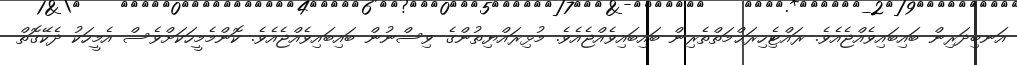
އަނބިދަރިން ބައިބައިވެއްޖެއެވެ. ރައްޓެިހިރަޙްމަތްތެރިން ބައިބައިވެއްޖެއެވެ. މުޅިރައްޔިތުންގެ ވިސްނުން ބައިބައިވެއްޖެއެވެ. ކޮންމެމީހަކަށްވެސް އެމީހަކު ދެކޭގޮތް